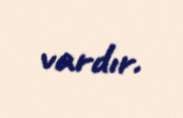
vardır.